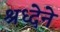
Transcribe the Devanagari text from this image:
श्रध्देने